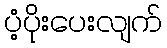
ပံ့ပိုးပေးလျက်